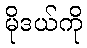
မိုဒယ်ကို